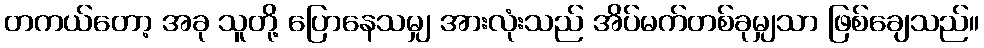
တကယ်တော့ အခု သူတို့ ပြောနေသမျှ အားလုံးသည် အိပ်မက်တစ်ခုမျှသာ ဖြစ်ချေသည်။